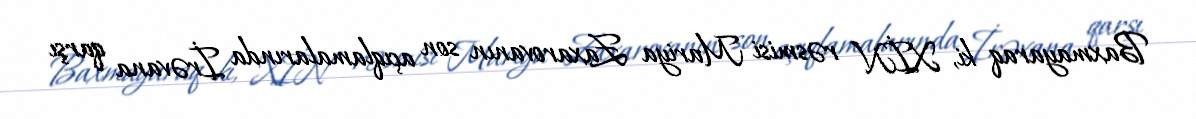
Baxmayaraq ki, XİN rəsmisi Mariya Zaxarovanın son açıqlamalarında İrəvana qarşı